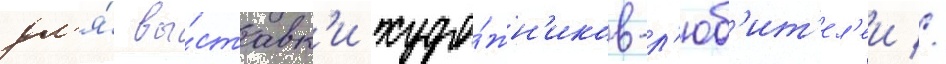
дл'я́ вы́ставк'и худо́жн'иков-л'юб'ит'ел'еи //